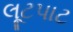
લૂટપાટ